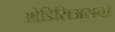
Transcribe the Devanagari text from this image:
ओडिसिअसचा